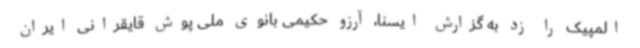
المپیک را زد به گزارش ایسنا، آرزو حکیمی بانوی ملی پوش قایقرانی ایران